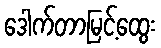
ဒေါက်တာမြင့်ထွေး